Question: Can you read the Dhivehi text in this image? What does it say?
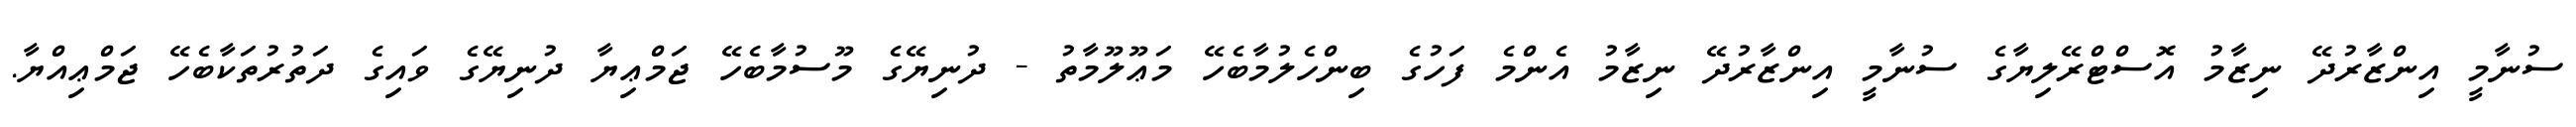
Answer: ސުނާމީ އިންޒާރުދޭ ނިޒާމު އޮސްޓްރޭލިޔާގެ ސުނާމީ އިންޒާރުދޭ ނިޒާމު އެންމެ ފަހުގެ ބިންހެލުމާބެހޭ މަޢޫލޫމާތު - ދުނިޔޭގެ މޫސުމާބެހޭ ޖަމްޢިޔާ ދުނިޔޭގެ ވައިގެ ދަތުރުތަކާބެހޭ ޖަމްޢިއްޔާ.